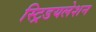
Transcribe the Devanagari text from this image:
स्ट्रिडयलेशन